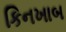
કિનખાબ